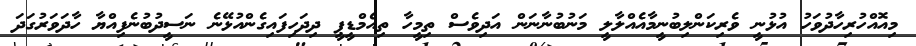
މިއޮއްހުރިހާދުވަހު އުޅުނީ ވެރިކަންލިބުނީމާއެއްލާލީ މަނުބުނާނަން އަދިވެސް ތިމީހާ ތިއެމްޑީޕީ ދިދަހިފައިގެންއުޅޭނެ ނަސީދުބުނެފިއްޔާ ހާދަވަރުގަދަ